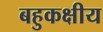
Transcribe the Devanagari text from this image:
बहुकक्षीय